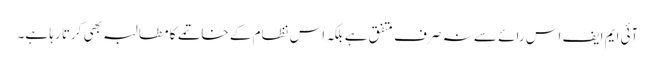
آئی ایم ایف اس رائے سے نہ صرف متفق ہے بلکہ اس نظام کے خاتمے کا مطالبہ بھی کرتا رہا ہے۔